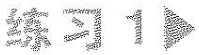
练习1